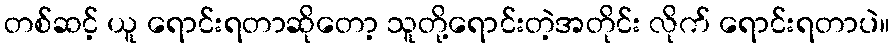
တစ်ဆင့် ယူ ရောင်းရတာဆိုတော့ သူတို့ရောင်းတဲ့အတိုင်း လိုက် ရောင်းရတာပဲ။